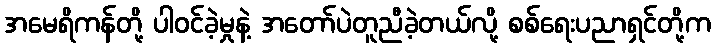
အမေရိကန်တို့ ပါဝင်ခဲ့မှုနဲ့ အတော်ပဲတူညီခဲ့တယ်လို့ စစ်ရေးပညာရှင်တို့က